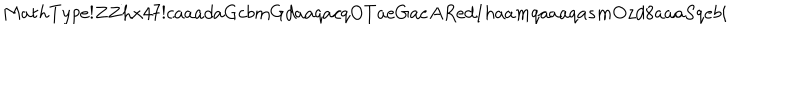
M a t h T y p e ! Z Z h x 4 7 ! c a a a d a G c b m G d a a q a c q O T a e G a e A R e d I h a a m q a a a q a s m O z d 8 a a a S q e b i